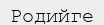
Родийге